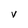
Character: V